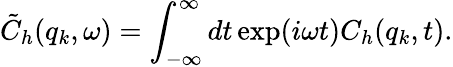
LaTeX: \tilde{C}_{h}(q_{k},\omega)=\int_{-\infty}^{\infty}dt\exp(i\omega t)C_{h}(q_{k},t).